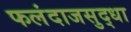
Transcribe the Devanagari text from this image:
फलंदाजसुद्धा